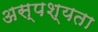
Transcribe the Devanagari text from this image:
अस्पश्यता